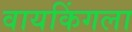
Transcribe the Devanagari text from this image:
वायकिंगला